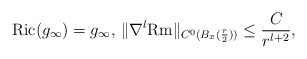
\begin{align*}{\rm Ric}(g_\infty)=g_\infty, \, \|\nabla^l {\rm Rm}\|_{C^0(B_x(\frac{r}{2}))}\leq \frac{C}{r^{l+2}},\end{align*}